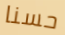
حسنا